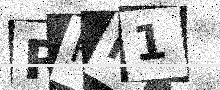
Text: RPK1